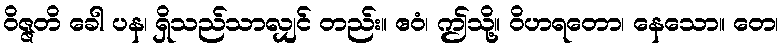
ဝိဇ္ဇတိ ခေါ ပန၊ ရှိသည်သာလျှင် တည်း။ ဧဝံ၊ ဤသို့။ ဝိဟရတော၊ နေသော။ တေ၊